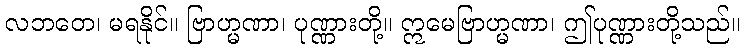
လဘတေ၊ မရနိုင်။ ဗြာဟ္မဏာ၊ ပုဏ္ဏားတို့။ ဣမေဗြာဟ္မဏာ၊ ဤပုဏ္ဏားတို့သည်။